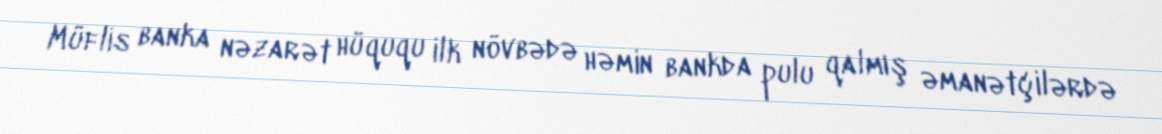
Müflis banka nəzarət hüququ ilk növbədə həmin bankda pulu qalmış əmanətçilərdə